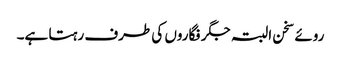
روئے سخن البتہ جگر فگاروں کی طرف رہتا ہے۔